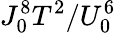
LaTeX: J_{0}^{8}T^{2}/U_{0}^{6}